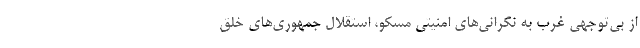
از بی‌توجهی غرب به نگرانی‌های امنیتی مسکو، استقلال جمهوری‌های خلق